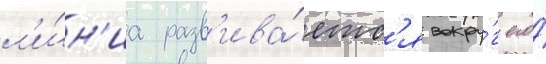
л'и́н'иа разв'ива́етс'я вокру́г его́